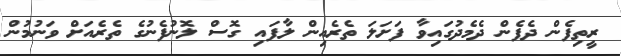
ރީތިފެން ދެފެން ދެމެދުގައިވާ ފަށަލަ ތެރެއިން ލާފައި ގޮސް ލޮނުފެނުގެ ތެރެއަށް ވަނުމުން